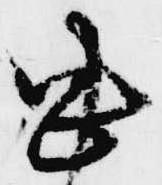
忠